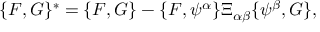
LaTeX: \{ F , G \} ^ { * } = \{ F , G \} - \{ F , \psi ^ { \alpha } \} \Xi _ { \alpha \beta } \{ \psi ^ { \beta } , G \} ,